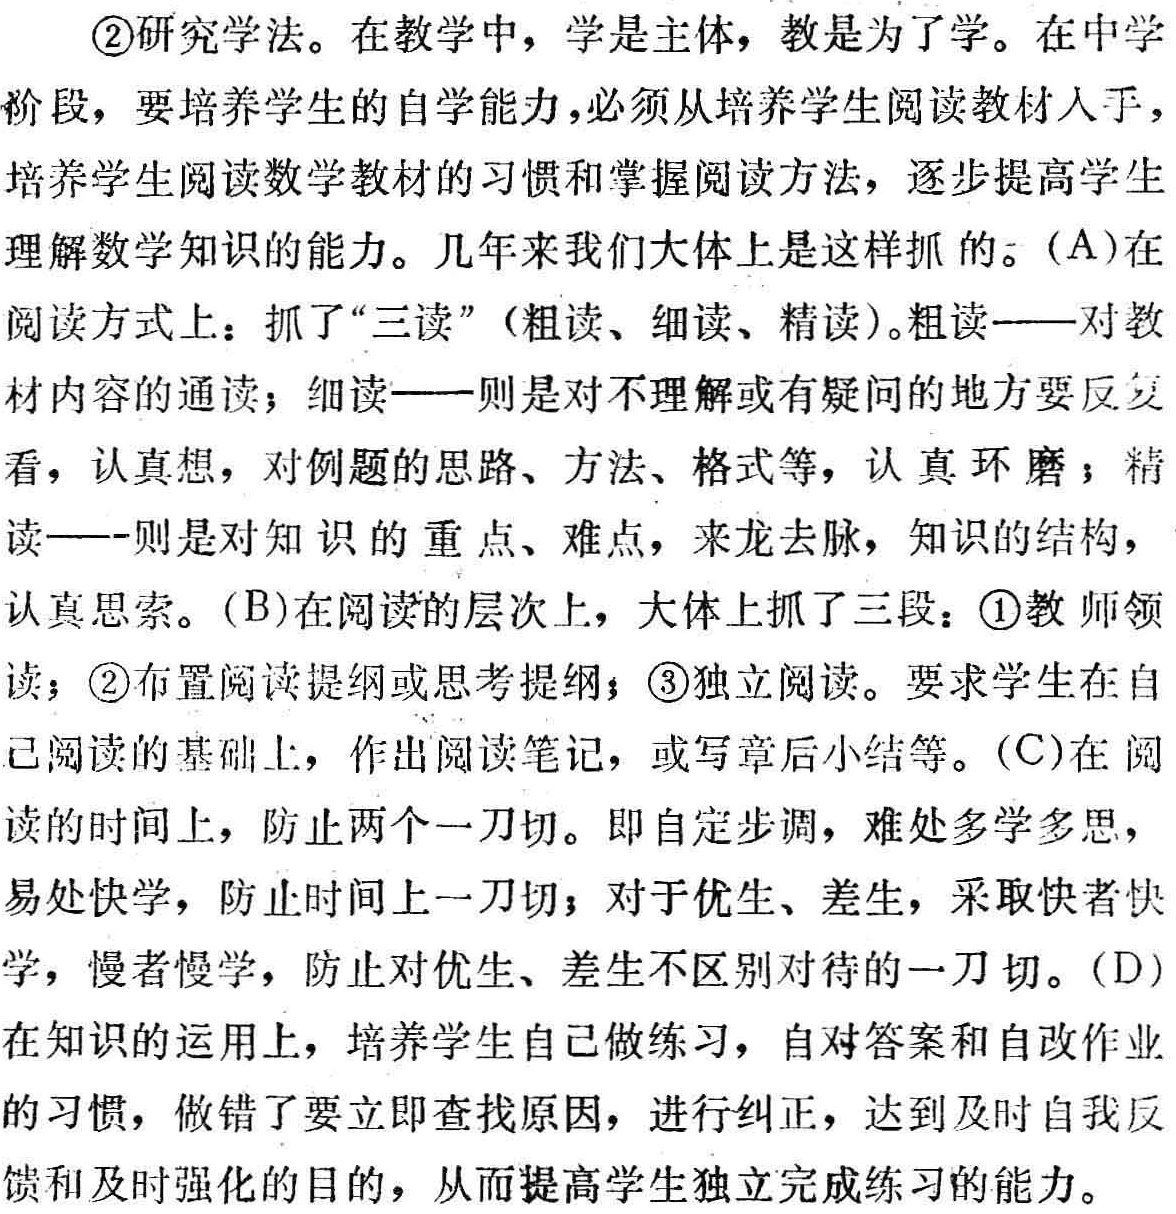
\begin{enumerate}

\item 研究学法。在教学中，学是主体，教是为了学。在中学阶段，要培养学生的自学能力，必须从培养学生阅读教材入手，培养学生阅读数学教材的习惯和掌握阅读方法，逐步提高学生理解数学知识的能力。几年来我们大体上是这样抓的。

    \begin{enumerate}

    \item 在阅读方式上：抓了“三读”（粗读、细读、精读）。粗读——对教材内容的通读；细读——则是对不理解或有疑问的地方要反复看，认真想，对例题的思路、方法、格式等，认真环磨；精读——则是对知识的重点、难点，来龙去脉，知识的结构，认真思索。

    \item 在阅读的层次上，大体上抓了三段：\textcircled{1}教师领读；\textcircled{2}布置阅读提纲或思考提纲；\textcircled{3}独立阅读。要求学生在自己阅读的基础上，作出阅读笔记，或写章后小结等。

    \item 在阅读的时间上，防止两个一刀切。即自定步调，难处多学多思，易处快学，防止时间上一刀切；对于优生、差生，采取快者快学，慢者慢学，防止对优生、差生不区别对待的一刀切。

    \item 在知识的运用上，培养学生自己做练习，自对答案和自改作业的习惯，做错了要立即查找原因，进行纠正，达到及时自我反馈和及时强化的目的，从而提高学生独立完成练习的能力。

    \end{enumerate}

\end{enumerate}